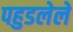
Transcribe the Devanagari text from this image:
पहुडलेले